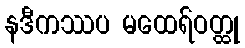
နဒီကဿပ မထေရ်ဝတ္ထု